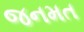
જનમત